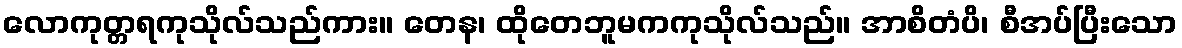
လောကုတ္တရကုသိုလ်သည်ကား။ တေန၊ ထိုတေဘူမကကုသိုလ်သည်။ အာစိတံပိ၊ စီအပ်ပြီးသော